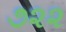
૭૨૨